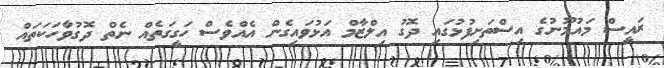
ރައީސް މައުމޫނުގެ އިސްތަށިފުޅުގައި ދޮގު އިލްޒާމް އަޅުވައިގެން އެއްވެސް ހަގީގަތެއް ނެތް ދޮގުވާހަކަތައް